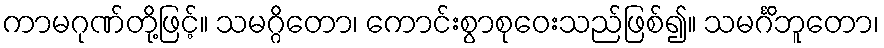
ကာမဂုဏ်တို့ဖြင့်။ သမဂ္ဂိတော၊ ကောင်းစွာစုဝေးသည်ဖြစ်၍။ သမင်္ဂိဘူတော၊